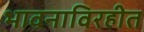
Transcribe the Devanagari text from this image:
भावनाविरहीत